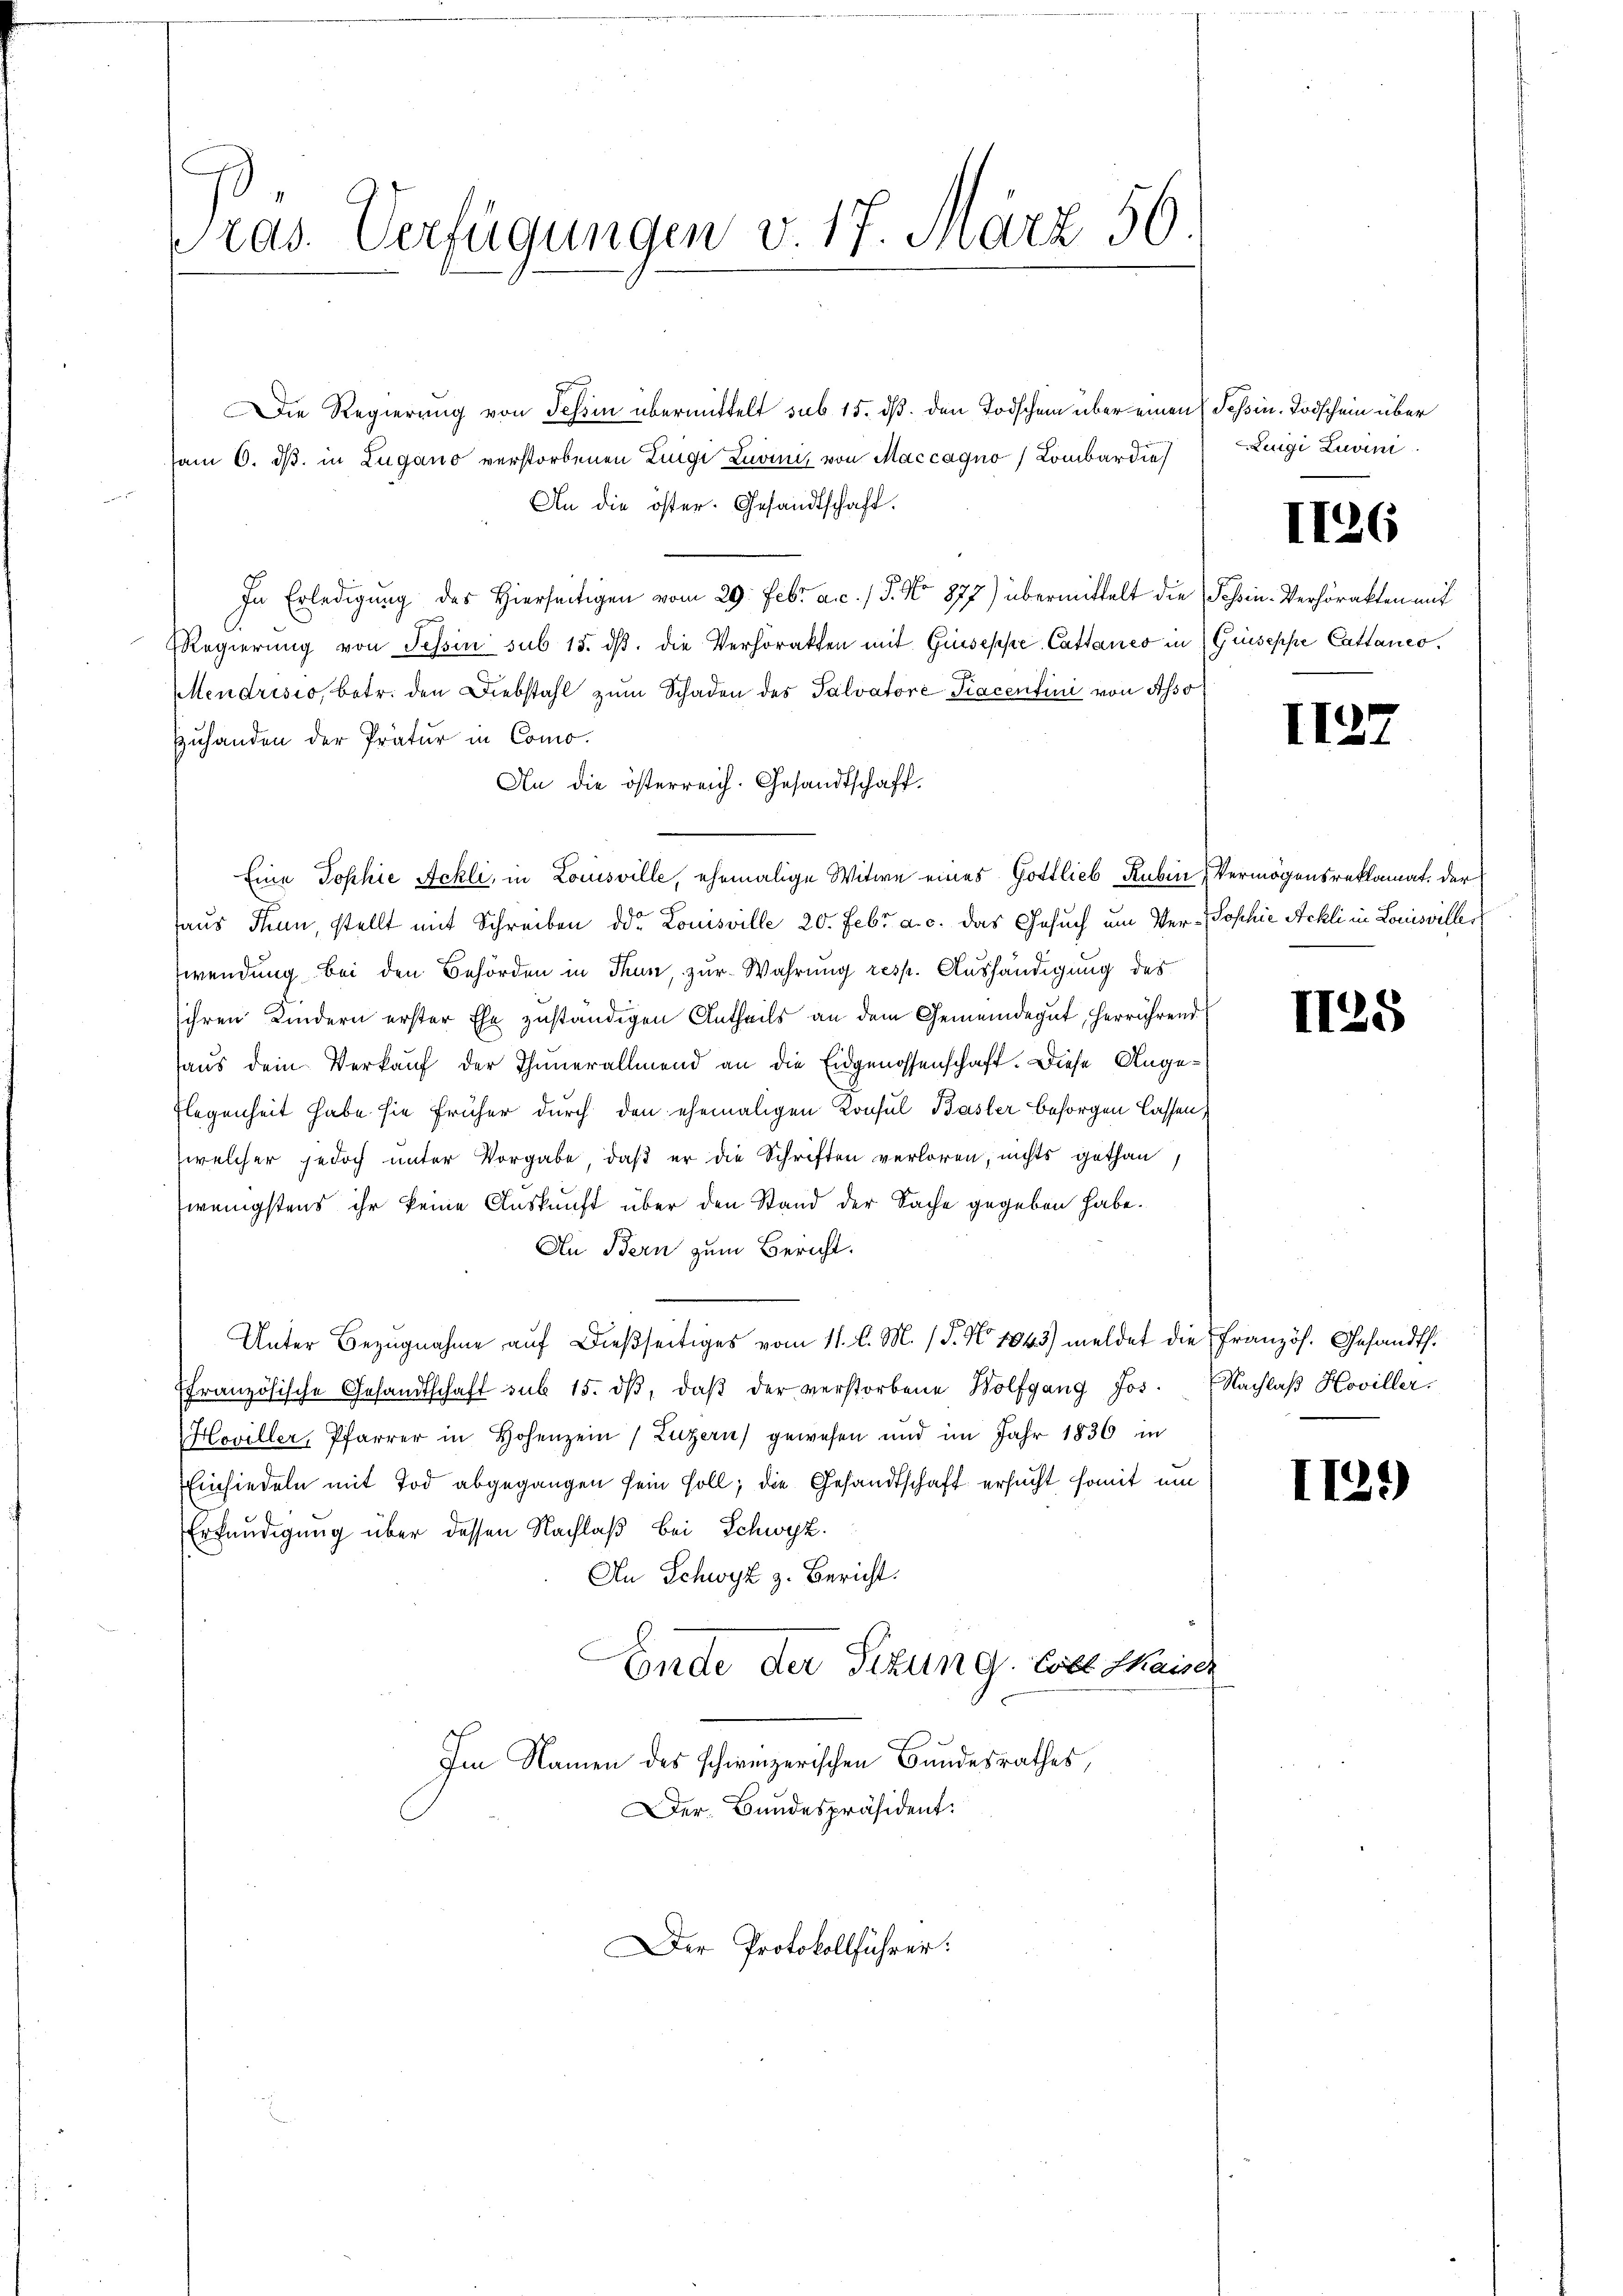
Präs. Verfügungen v. 17. März 56.

Die Regierung von Tessin übermittelt sub 15. dß. den Todschein über einen (Seßin. Todschein über
vom 6. dß. in Zugano verstorbenen Zingi Luvinis von Maccagno / Lombardie
An die öster. Gesandtschaft.
In Erledigung des Hierseitigen vom 29. Febr a.c. / 5. No 877) übermittelt die Schen-Verhörakten mit
Regierŭng von Tessin sub 15. dβ. die Verhörakten mit Giuseppe Cathanes in
Mendrisio, betr. den Diebstahl zum Schaden des Talvatore Piacentini von Asso
Zuhanden der Pratur in Como.
An die österreich. Gesandtschaft.
Eine Sophie Ackli, in Louisville, ehemalige Witwe eines Gottlieb Rubin
haus Than, stellt mit Schreiben der Louisville 20. Febr. a. c. das Gesuch um Verwendung bei den Behörden in Thun, zur Wahrung resp. Aushändigung des
ihren Kindern erster Ehe zuständigen Antheils an dem Gemeindegut, herrührend
haus dem Verkauf der Thunerallmend an die Eidgenossenschaft. Diese Ange¬
Flegenheit habe sie früher durch den ehemaligen Konsul Basler besorgen lassen,
welcher jedoch unter Vorgabe, daß er die Schriften verloren, nichts gethan
wenigstens ihr keine Auskunft über den Stand der Sache gegeben habe.
An Bern zum Bericht.
Unter Bezugnahme auf dießseitiges vom 11. l. M. 1. No. 1843) meldet die Französ. Gesandth.
ffranzösische Gesandtschaft sub 15. dβ, daβ der verstorbene Wolfgang Jos.
Hoviller, Pfarrer in Hohenzein Luzern) gewesen und im Jahr 1836 in
Einsiedeln mit Tod abgegangen sein soll; die Gesandtschaft ersucht somit um
Erkundigung über dessen Nachlaß bei Schwyz
An Schwyz z. Bericht.
Ende der Sitzung. Colle Kaise.
Im Namen des schweizerischen Bundesrathes,
Der Bundespräsident.

Der Protokollführer:

Zugi Luvini

Giuseppe Cattanco.

d

126

1137

Vermögensreklamat. Der
Joschie Ackli in Louisviller

II25

Nachlaß Hoviller.

I139)